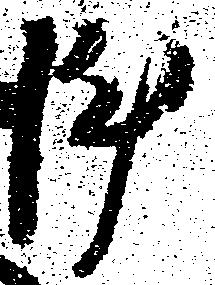
陣